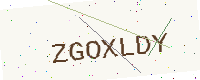
Text: ZGOXLDY